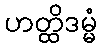
ဟတ္ထိဒမ္မံ